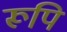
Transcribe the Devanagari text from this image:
रूपि